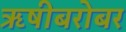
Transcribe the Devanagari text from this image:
ऋषीबरोबर